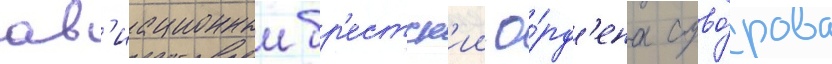
ав'иационныи бр'естск'ии о́рд'ена суво́рова